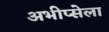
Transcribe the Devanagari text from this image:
अभीप्सेला